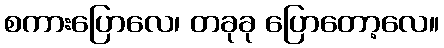
စကားပြောလေ၊ တခုခု ပြောတော့လေ။